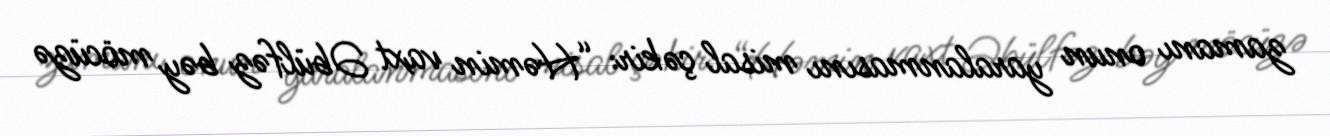
zamanı onun yaralanmasını misal çəkir: “Həmin vaxt Əbülfəz bəy möcüzə